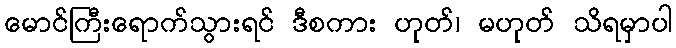
မောင်ကြီးရောက်သွားရင် ဒီစကား ဟုတ်၊ မဟုတ် သိရမှာပါ